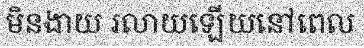
មិនងាយ រលាយឡើយនៅពេល